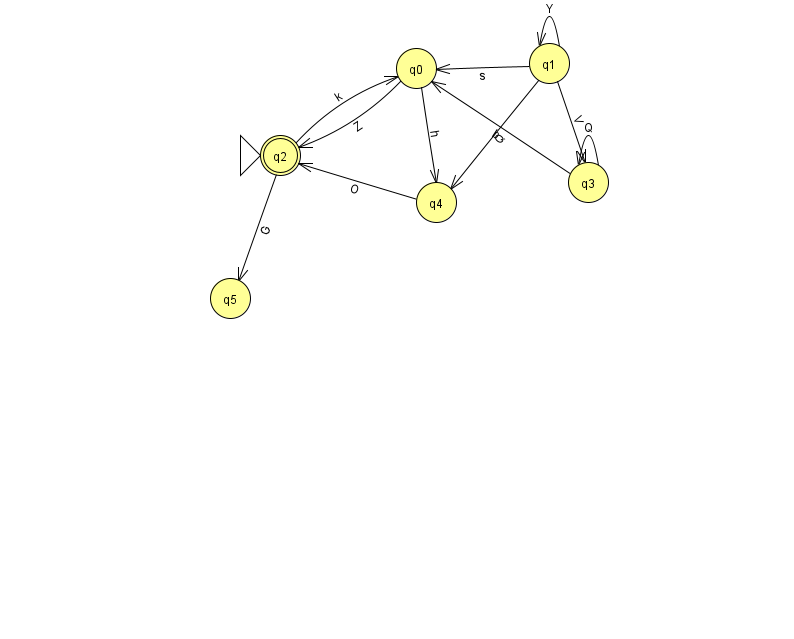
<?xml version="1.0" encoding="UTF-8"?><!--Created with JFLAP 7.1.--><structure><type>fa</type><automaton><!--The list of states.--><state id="0" name="q0"><x>416.0</x><y>55.0</y></state><state id="1" name="q1"><x>549.0</x><y>50.0</y></state><state id="2" name="q2"><x>280.0</x><y>142.0</y><initial/><final/></state><state id="3" name="q3"><x>588.0</x><y>169.0</y></state><state id="4" name="q4"><x>436.0</x><y>189.0</y></state><state id="5" name="q5"><x>230.0</x><y>285.0</y></state><!--The list of transitions.--><transition><from>3</from><to>3</to><read>Q</read></transition><transition><from>4</from><to>2</to><read>O</read></transition><transition><from>1</from><to>0</to><read>s</read></transition><transition><from>0</from><to>4</to><read>h</read></transition><transition><from>2</from><to>5</to><read>G</read></transition><transition><from>3</from><to>0</to><read>b</read></transition><transition><from>1</from><to>3</to><read>V</read></transition><transition><from>1</from><to>1</to><read>Y</read></transition><transition><from>1</from><to>4</to><read>Q</read></transition><transition><from>2</from><to>0</to><read>k</read></transition><transition><from>0</from><to>2</to><read>Z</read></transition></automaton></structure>